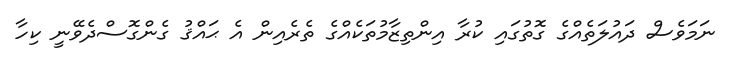
ނަމަވެސް ދައުލަތެއްގެ ގޮތުގައި ކުރާ އިންތިޒާމުތަކެއްގެ ތެރެއިން އެ ޙައްޤު ގެންގޮސްދެވޭނީ ކިހާ